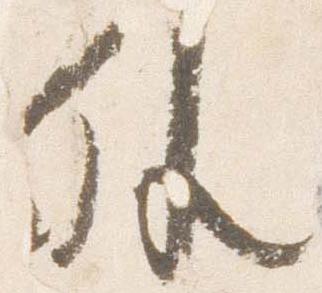
外